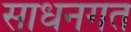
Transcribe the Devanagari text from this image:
साधनगत